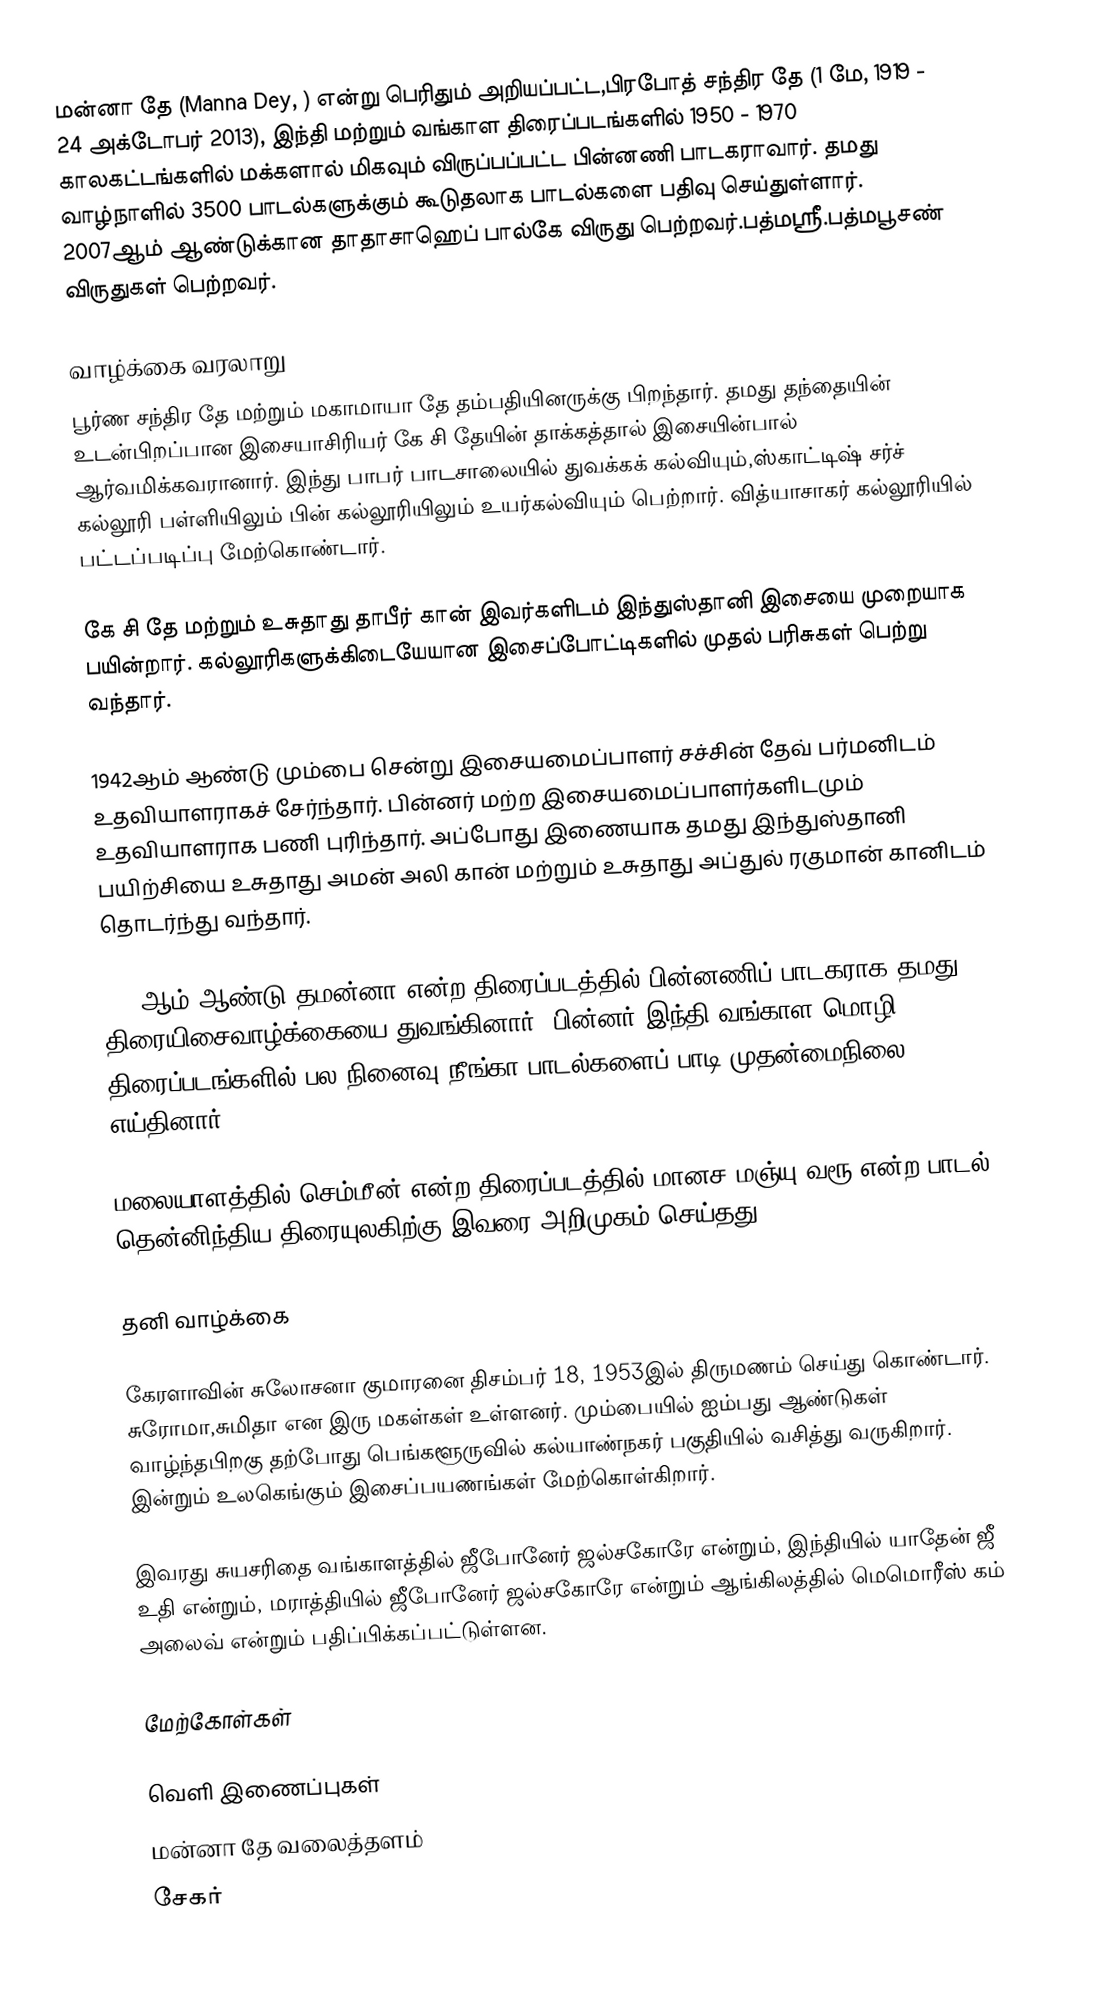
மன்னா தே (Manna Dey, ) என்று பெரிதும் அறியப்பட்ட,பிரபோத் சந்திர தே (1 மே, 1919 - 24 அக்டோபர் 2013), இந்தி மற்றும் வங்காள திரைப்படங்களில் 1950 - 1970 காலகட்டங்களில் மக்களால் மிகவும் விருப்பப்பட்ட பின்னணி பாடகராவார். தமது வாழ்நாளில் 3500 பாடல்களுக்கும் கூடுதலாக பாடல்களை பதிவு செய்துள்ளார். 2007ஆம் ஆண்டுக்கான தாதாசாஹெப் பால்கே விருது பெற்றவர்.பத்மஸ்ரீ.பத்மபூசண் விருதுகள் பெற்றவர்.

வாழ்க்கை வரலாறு
பூர்ண சந்திர தே மற்றும் மகாமாயா தே தம்பதியினருக்கு பிறந்தார். தமது தந்தையின் உடன்பிறப்பான இசையாசிரியர் கே சி தேயின் தாக்கத்தால் இசையின்பால் ஆர்வமிக்கவரானார். இந்து பாபர் பாடசாலையில் துவக்கக் கல்வியும்,ஸ்காட்டிஷ் சர்ச் கல்லூரி பள்ளியிலும் பின் கல்லூரியிலும் உயர்கல்வியும் பெற்றார். வித்யாசாகர் கல்லூரியில் பட்டப்படிப்பு மேற்கொண்டார்.

கே சி தே மற்றும் உசுதாது தாபீர் கான் இவர்களிடம் இந்துஸ்தானி இசையை முறையாக பயின்றார். கல்லூரிகளுக்கிடையேயான இசைப்போட்டிகளில் முதல் பரிசுகள் பெற்று வந்தார்.

1942ஆம் ஆண்டு மும்பை சென்று இசையமைப்பாளர் சச்சின் தேவ் பர்மனிடம் உதவியாளராகச் சேர்ந்தார். பின்னர் மற்ற இசையமைப்பாளர்களிடமும் உதவியாளராக பணி புரிந்தார். அப்போது இணையாக தமது இந்துஸ்தானி பயிற்சியை உசுதாது அமன் அலி கான் மற்றும் உசுதாது அப்துல் ரகுமான் கானிடம் தொடர்ந்து வந்தார்.

1943ஆம் ஆண்டு தமன்னா என்ற திரைப்படத்தில் பின்னணிப் பாடகராக தமது திரையிசைவாழ்க்கையை துவங்கினார். பின்னர் இந்தி,வங்காள மொழி திரைப்படங்களில் பல நினைவு நீங்கா பாடல்களைப் பாடி முதன்மைநிலை எய்தினார்.

மலையாளத்தில் செம்மீன் என்ற திரைப்படத்தில் மானச மஞ்யு வரூ என்ற பாடல் தென்னிந்திய திரையுலகிற்கு இவரை அறிமுகம் செய்தது.

தனி வாழ்க்கை

கேரளாவின் சுலோசனா குமாரனை  திசம்பர் 18, 1953இல் திருமணம் செய்து கொண்டார். சுரோமா,சுமிதா என இரு மகள்கள் உள்ளனர். மும்பையில் ஐம்பது ஆண்டுகள் வாழ்ந்தபிறகு தற்போது பெங்களூருவில் கல்யாண்நகர் பகுதியில் வசித்து வருகிறார். இன்றும் உலகெங்கும் இசைப்பயணங்கள் மேற்கொள்கிறார்.

இவரது சுயசரிதை வங்காளத்தில் ஜீபோனேர் ஜல்சகோரே என்றும், இந்தியில் யாதேன் ஜீ உதி என்றும், மராத்தியில் ஜீபோனேர் ஜல்சகோரே என்றும் ஆங்கிலத்தில் மெமொரீஸ் கம் அலைவ் என்றும் பதிப்பிக்கப்பட்டுள்ளன.

மேற்கோள்கள்

வெளி இணைப்புகள்
மன்னா தே வலைத்தளம்
சேகர்